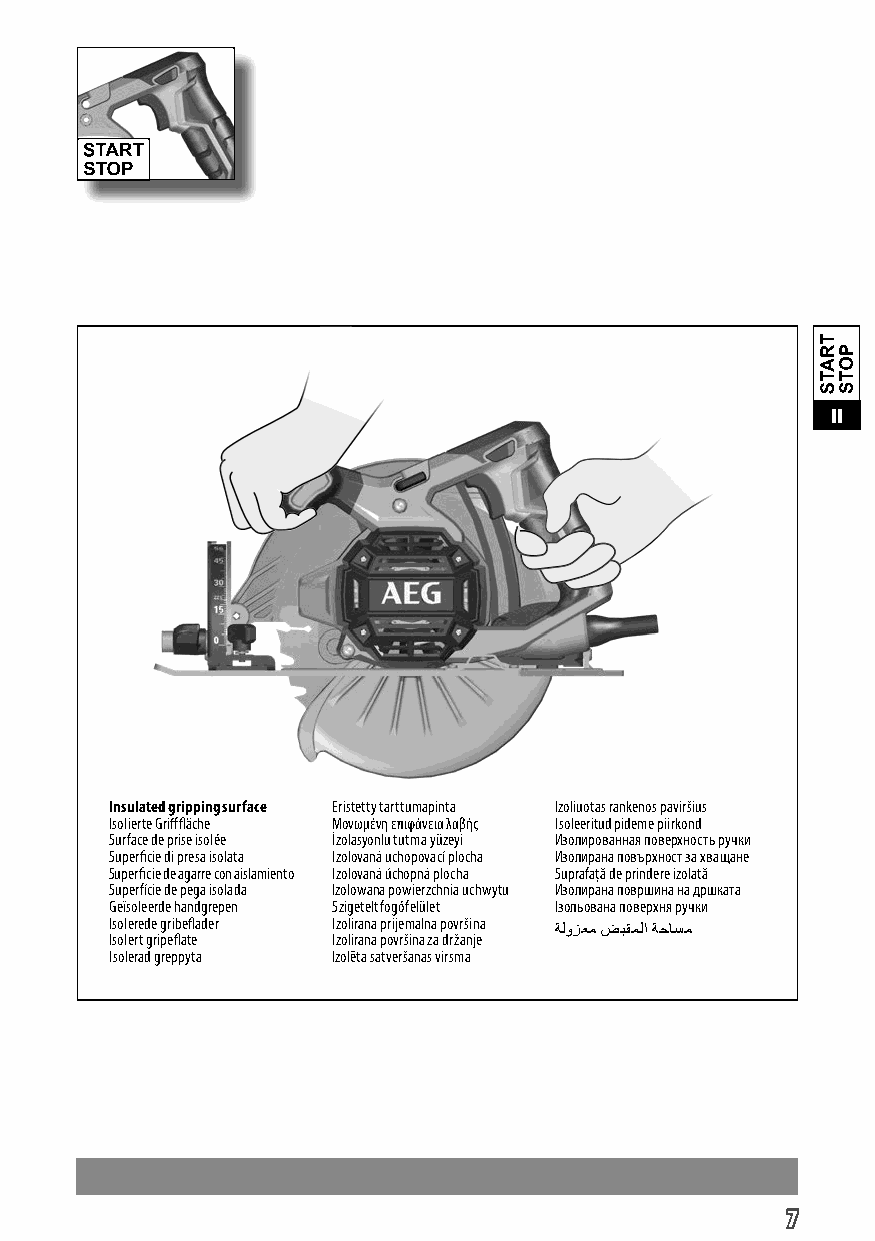
II
 Insulated gripping surface Eristetty tarttumapinta Izoliuotas rankenos paviršius
 Isolierte Grifffläche Μονωμένη επιφάνεια λαβής Isoleeritud pideme piirkond
 Surface de prise isolée İzolasyonlu tutma yüzeyi Изолированная поверхность ручки
 Superficie di presa isolata Izolovaná uchopovací plocha Изолирана повърхност за хващане
 Superficie de agarre con aislamiento Izolovaná úchopná plocha Suprafaţă de prindere izolată
 Superfície de pega isolada Izolowana powierzchnia uchwytu Изолирана површина на дршката
 Geïsoleerde handgrepen Szigetelt fogófelület Ізольована поверхня ручки
 Isolerede gribeflader Izolirana prijemalna površina
 ةلوزعم ضبقملا ةحاسم
 Isolert gripeflate Izolirana površina za držanje
 Isolerad greppyta Izolēta satveršanas virsma
 7